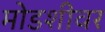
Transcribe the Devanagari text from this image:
मोडशीवर